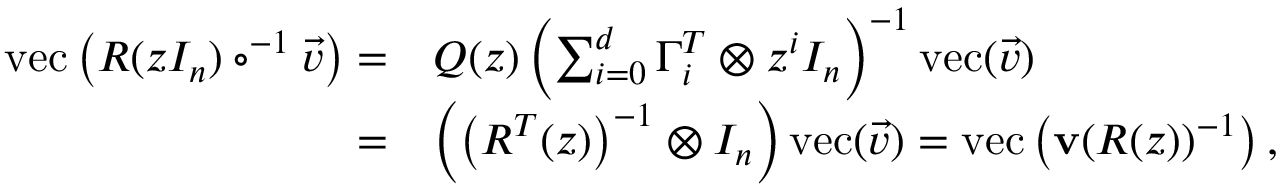
\begin{array} { r l } { \mathrm { v e c } \left( R ( z I _ { n } ) \circ ^ { - 1 } \vec { v } \right) = } & { Q ( z ) \left( \sum _ { i = 0 } ^ { d } \Gamma _ { i } ^ { T } \otimes z ^ { i } I _ { n } \right) ^ { - 1 } \mathrm { v e c } ( \vec { v } ) } \\ { = } & { \left( \left( R ^ { T } ( z ) \right) ^ { - 1 } \otimes I _ { n } \right) \mathrm { v e c } ( \vec { v } ) = \mathrm { v e c } \left( \mathbf { v } ( R ( z ) ) ^ { - 1 } \right) , } \end{array}